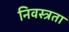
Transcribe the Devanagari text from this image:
निवस्त्रता